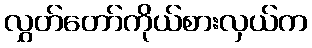
လွှတ်တော်ကိုယ်စားလှယ်က